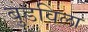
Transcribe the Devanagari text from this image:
बुडविला